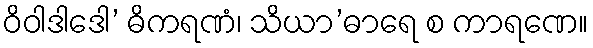
ဝိဝါဒါဒေါ’ ဓိကရဏံ၊ သိယာ’ဓာရေ စ ကာရဏေ။